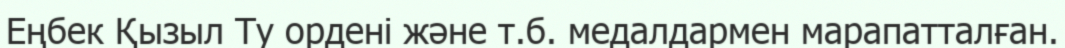
Еңбек Қызыл Ту ордені және т.б. медалдармен марапатталған.